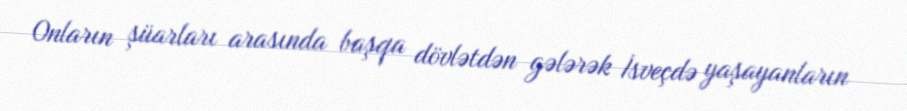
Onların şüarları arasında başqa dövlətdən gələrək İsveçdə yaşayanların